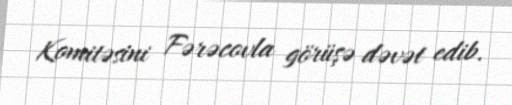
Komitəsini Fərəcovla görüşə dəvət edib.